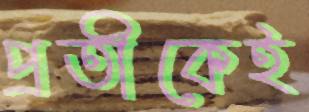
প্রতীকেই